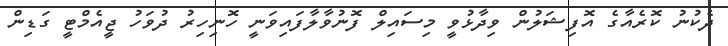
ދެކުނު ކޮރެއާގެ އޮފިޝަލުން ވިދާޅުވީ މިސައިލް ފޮނުވާލާފައިވަނީ ހޮނިހިރު ދުވަހު ޖީއެމްޓީ ގަޑިން